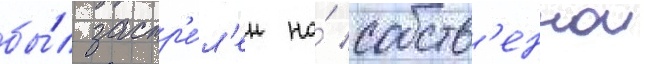
бы́л застр'е́л'ен на́ собств'еннои